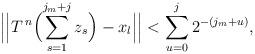
LaTeX: \begin{align*}\Bigl|\Bigl|T^{\,n}\Bigl(\sum_{s=1}^{j_{m}+j}z_{s}\Bigr)-x_{l}\Bigr|\Bigr|<\sum_{u=0}^{j}2^{-(j_{m}+u)},\end{align*}